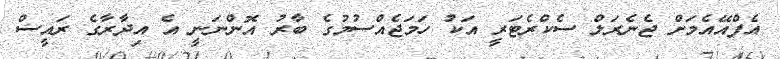
އެފްއޭއެމަށް ޖެނެރަލް ސެކްރެޓަރީ އަކު ހަމަޖެއްސުމުގެ ބާރު އޮންނަނީ އެ އިދާރާގެ ރައީސް